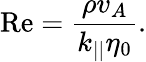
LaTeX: \mathrm{Re}=\frac{\rho v_{A}}{k_{||}\eta_{0}}.